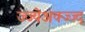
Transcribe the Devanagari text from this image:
ज्ज्येअक्ज्ज्द